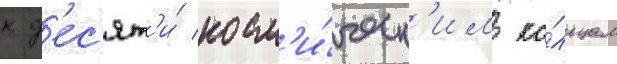
к д'ес'ят'и́ косм'и́ческ'им ко́льцам